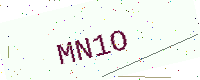
Text: MN1O